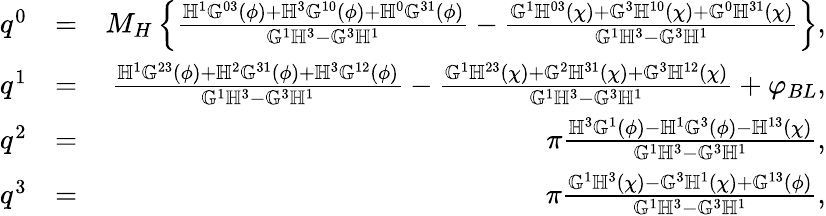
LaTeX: \begin{array}{rlr}{q^{0}}&{=}&{M_{H}\left\{ \frac{\mathbb{H}^{1}\mathbb{G}^{03}(\phi)+\mathbb{H}^{3}\mathbb{G}^{10}(\phi)+\mathbb{H}^{0}\mathbb{G}^{31}(\phi)}{\mathbb{G}^{1}\mathbb{H}^{3}-\mathbb{G}^{3}\mathbb{H}^{1}}-\frac{\mathbb{G}^{1}\mathbb{H}^{03}(\chi)+\mathbb{G}^{3}\mathbb{H}^{10}(\chi)+\mathbb{G}^{0}\mathbb{H}^{31}(\chi)}{\mathbb{G}^{1}\mathbb{H}^{3}-\mathbb{G}^{3}\mathbb{H}^{1}}\right\} ,}\\ {q^{1}}&{=}&{\frac{\mathbb{H}^{1}\mathbb{G}^{23}(\phi)+\mathbb{H}^{2}\mathbb{G}^{31}(\phi)+\mathbb{H}^{3}\mathbb{G}^{12}(\phi)}{\mathbb{G}^{1}\mathbb{H}^{3}-\mathbb{G}^{3}\mathbb{H}^{1}}-\frac{\mathbb{G}^{1}\mathbb{H}^{23}(\chi)+\mathbb{G}^{2}\mathbb{H}^{31}(\chi)+\mathbb{G}^{3}\mathbb{H}^{12}(\chi)}{\mathbb{G}^{1}\mathbb{H}^{3}-\mathbb{G}^{3}\mathbb{H}^{1}}+\varphi_{BL},}\\ {q^{2}}&{=}&{\pi\frac{\mathbb{H}^{3}\mathbb{G}^{1}(\phi)-\mathbb{H}^{1}\mathbb{G}^{3}(\phi)-\mathbb{H}^{13}(\chi)}{\mathbb{G}^{1}\mathbb{H}^{3}-\mathbb{G}^{3}\mathbb{H}^{1}},}\\ {q^{3}}&{=}&{\pi\frac{\mathbb{G}^{1}\mathbb{H}^{3}(\chi)-\mathbb{G}^{3}\mathbb{H}^{1}(\chi)+\mathbb{G}^{13}(\phi)}{\mathbb{G}^{1}\mathbb{H}^{3}-\mathbb{G}^{3}\mathbb{H}^{1}},}\end{array}